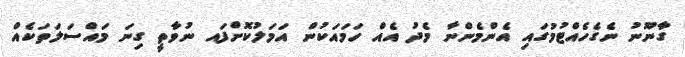
ގާނޫނު ނެގެހެއްޓުމުގައި އެންމެންނާ މެދު އެއް ހަމައަކުން އަމަލުކޮށްފައ ނުވާތީ ގިނަ މައްސަލަތަކެއް